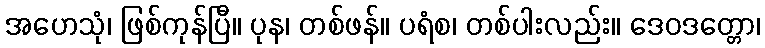
အဟေသုံ၊ ဖြစ်ကုန်ပြီ။ ပုန၊ တစ်ဖန်။ ပရံစ၊ တစ်ပါးလည်း။ ဒေဝဒတ္တော၊